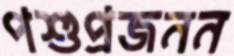
পশুপ্রজনন